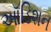
ઑડિશન